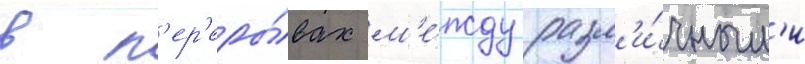
в п'ер'еры́вах м'е́жду разл'и́чным'и